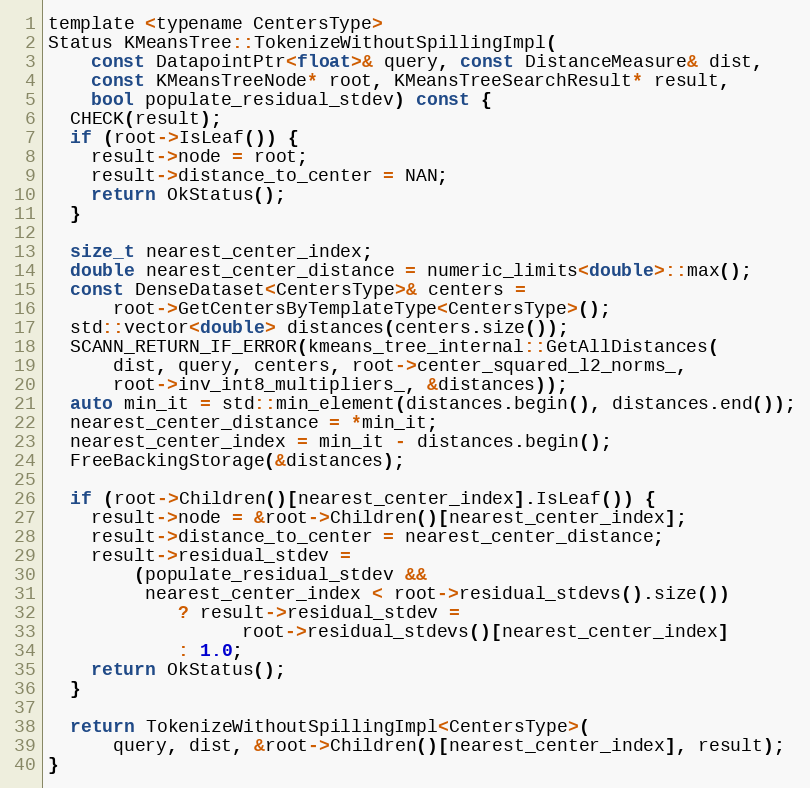
Language: C
template <typename CentersType>
Status KMeansTree::TokenizeWithoutSpillingImpl(
    const DatapointPtr<float>& query, const DistanceMeasure& dist,
    const KMeansTreeNode* root, KMeansTreeSearchResult* result,
    bool populate_residual_stdev) const {
  CHECK(result);
  if (root->IsLeaf()) {
    result->node = root;
    result->distance_to_center = NAN;
    return OkStatus();
  }

  size_t nearest_center_index;
  double nearest_center_distance = numeric_limits<double>::max();
  const DenseDataset<CentersType>& centers =
      root->GetCentersByTemplateType<CentersType>();
  std::vector<double> distances(centers.size());
  SCANN_RETURN_IF_ERROR(kmeans_tree_internal::GetAllDistances(
      dist, query, centers, root->center_squared_l2_norms_,
      root->inv_int8_multipliers_, &distances));
  auto min_it = std::min_element(distances.begin(), distances.end());
  nearest_center_distance = *min_it;
  nearest_center_index = min_it - distances.begin();
  FreeBackingStorage(&distances);

  if (root->Children()[nearest_center_index].IsLeaf()) {
    result->node = &root->Children()[nearest_center_index];
    result->distance_to_center = nearest_center_distance;
    result->residual_stdev =
        (populate_residual_stdev &&
         nearest_center_index < root->residual_stdevs().size())
            ? result->residual_stdev =
                  root->residual_stdevs()[nearest_center_index]
            : 1.0;
    return OkStatus();
  }

  return TokenizeWithoutSpillingImpl<CentersType>(
      query, dist, &root->Children()[nearest_center_index], result);
}